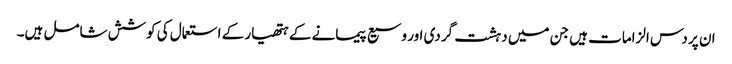
ان پر دس الزامات ہیں جن میں دہشت گردی اور وسیع پیمانے کے ہتھیار کے استعمال کی کوشش شامل ہیں۔